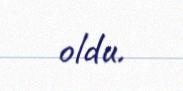
oldu.